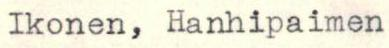
Ikonen, Hanhipaimen